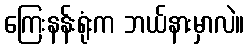
ကြေးနန်းရုံးက ဘယ်နားမှာလဲ။